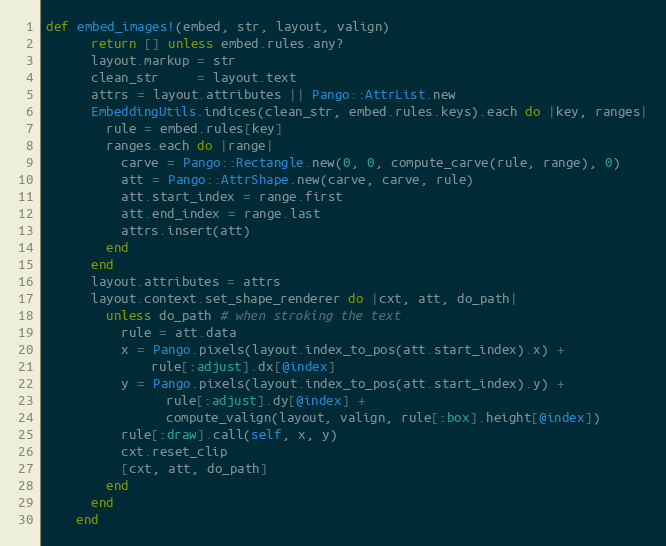
Language: Ruby
def embed_images!(embed, str, layout, valign)
      return [] unless embed.rules.any?
      layout.markup = str
      clean_str     = layout.text
      attrs = layout.attributes || Pango::AttrList.new
      EmbeddingUtils.indices(clean_str, embed.rules.keys).each do |key, ranges|
        rule = embed.rules[key]
        ranges.each do |range|
          carve = Pango::Rectangle.new(0, 0, compute_carve(rule, range), 0)
          att = Pango::AttrShape.new(carve, carve, rule)
          att.start_index = range.first
          att.end_index = range.last
          attrs.insert(att)
        end
      end
      layout.attributes = attrs
      layout.context.set_shape_renderer do |cxt, att, do_path|
        unless do_path # when stroking the text
          rule = att.data
          x = Pango.pixels(layout.index_to_pos(att.start_index).x) +
              rule[:adjust].dx[@index]
          y = Pango.pixels(layout.index_to_pos(att.start_index).y) +
                rule[:adjust].dy[@index] +
                compute_valign(layout, valign, rule[:box].height[@index])
          rule[:draw].call(self, x, y)
          cxt.reset_clip
          [cxt, att, do_path]
        end
      end
    end